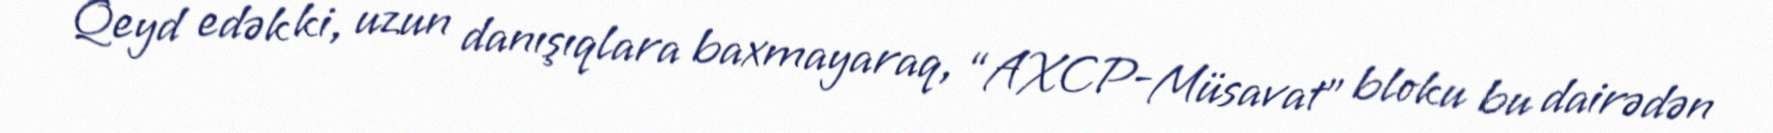
Qeyd edək ki, uzun danışıqlara baxmayaraq, “AXCP-Müsavat” bloku bu dairədən